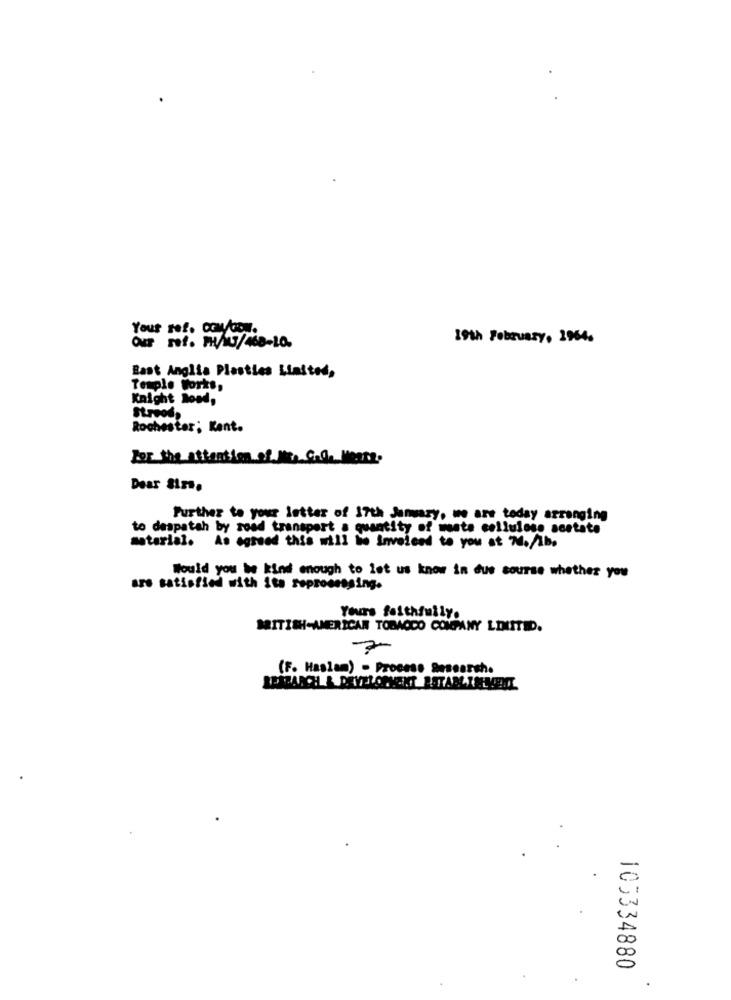
ref. com /com.
19th February, 2964.
Our 501. 11/13/ 468-10.
East Anglia Plasties Limited,
Temple Works,
Knight Rond,
Streod,
Rochester; Kant.
For the attention of lite Code Messe.
Dear Sirs.
Further to your letter of 17th January, we are today arranging
to despatch by road transport a quantity of mate cellulose acetate
material. As agreed this will be Invoiced to you at 74./1b.
Would you be kind enough to let us know in due course whether you
are satisfied with its reprocessing.
Yours faithfully.
BRITISH-AMERICAN TOBACCO COMPANY LIMITED.
7
(F. Haslam) - Proceso Sesearsh.
105334880